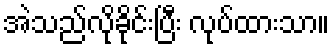
အဲသည်လိုခိုင်းပြီး လုပ်ထားသာ။